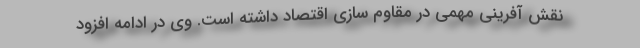
نقش آفرینی مهمی در مقاوم سازی اقتصاد داشته است. وی در ادامه افزود